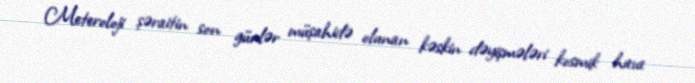
Meteroloji şəraitin son günlər müşahidə olunan kəskin dəyişmələri kosmik hava